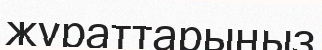
жұраттарыңыз